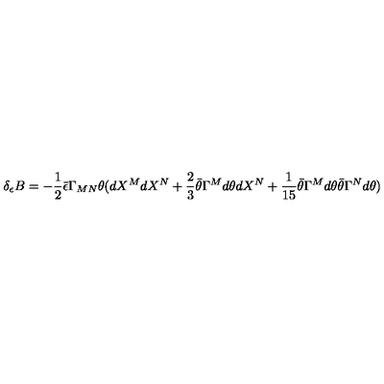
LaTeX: \delta _ { \epsilon } B = - { \frac { 1 } { 2 } } \bar { \epsilon } \Gamma _ { M N } \theta ( d X ^ { M } d X ^ { N } + { \frac { 2 } { 3 } } \bar { \theta } \Gamma ^ { M } d \theta d X ^ { N } + { \frac { 1 } { 1 5 } } \bar { \theta } \Gamma ^ { M } d \theta \bar { \theta } \Gamma ^ { N } d \theta )